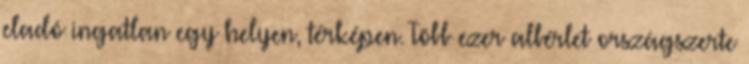
eladó ingatlan egy helyen, térképen. Több ezer albérlet országszerte